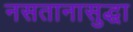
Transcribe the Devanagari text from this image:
नसतानासुद्धा